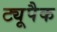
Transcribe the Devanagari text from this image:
ट्यूपैक